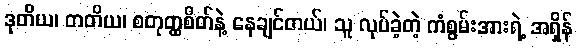
ဒုတိယ၊ တတိယ၊ စတုတ္ထစိတ်နဲ့ နေချင်တယ်၊ သူ လုပ်ခဲ့တဲ့ ကံစွမ်းအားရဲ့ အရှိန်